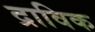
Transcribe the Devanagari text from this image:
द्राविक